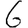
Digit: 6